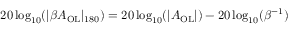
2 0 \log _ { 1 0 } ( | \beta A _ { \mathrm { O L } } | _ { 1 8 0 } ) = 2 0 \log _ { 1 0 } ( | A _ { \mathrm { O L } } | ) - 2 0 \log _ { 1 0 } ( \beta ^ { - 1 } )